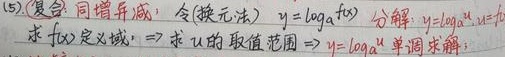
(5) 复合函数：同增异减，令（换元法）\(y = \log_{a}f(x)\) 分解：\(y = \log_{a}u\)，\(u = f(x)\)。求 \(f(x)\) 的定义域，\(\Rightarrow\) 求 \(u\) 的取值范围，\(\Rightarrow\) 利用 \(y = \log_{a}u\) 的单调性求解。